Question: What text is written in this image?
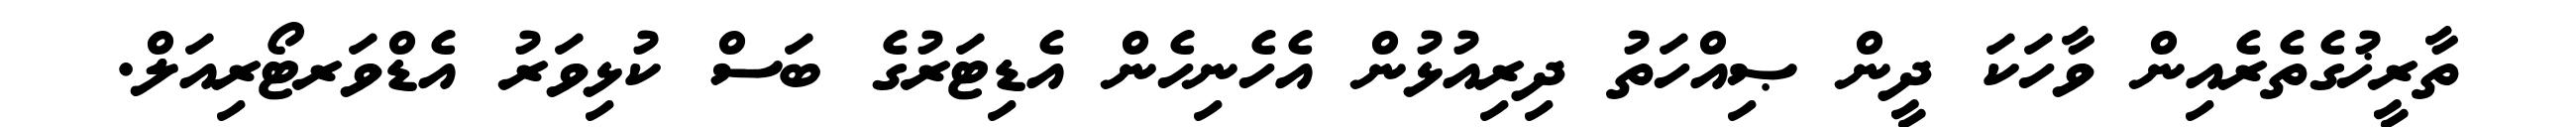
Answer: ތާރީޚުގެތެރެއިން ވާހަކަ ދީން ޞިއްހަތު ދިރިއުޅުން އެހެނިހެން އެޑިޓަރުގެ ބަސް ކުޅިވަރު އެޑްވަރޓޯރިއަލް.